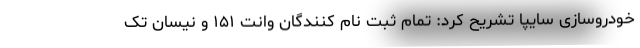
خودروسازی سایپا تشریح کرد: تمام ثبت نام کنندگان وانت ۱۵۱ و نیسان تک